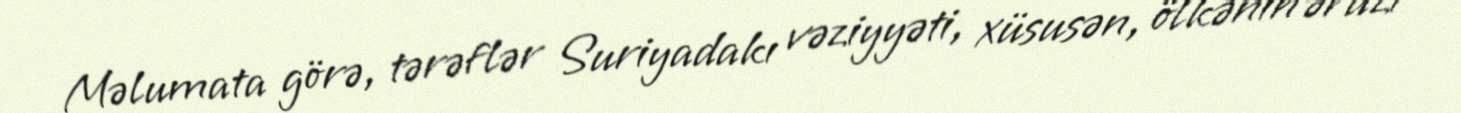
Məlumata görə, tərəflər Suriyadakı vəziyyəti, xüsusən, ölkənin ərazi